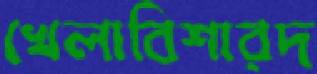
খেলাবিশারদ